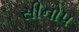
સીનોપ